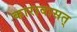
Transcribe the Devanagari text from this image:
कारावासत्